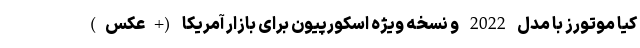
کیا موتورز با مدل 2022 و نسخه ویژه اسکورپیون برای بازار آمریکا (+عکس)